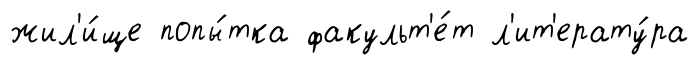
жил'и́ще попы́тка факульт'е́т л'ит'ерату́ра